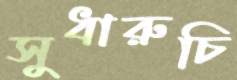
সুধারুচি